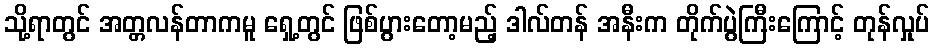
သို့ရာတွင် အတ္တလန်တာကမူ ရှေ့တွင် ဖြစ်ပွားတော့မည့် ဒါလ်တန် အနီးက တိုက်ပွဲကြီးကြောင့် တုန်လှုပ်